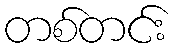
တစ်တင်း